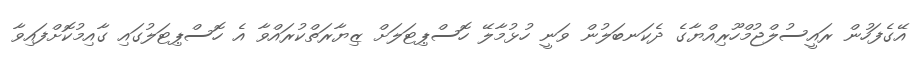
އޭގެފަހުން ރައީސުލްޖުމްހޫރިއްޔާގެ ދެކަނބަލުން ވަނީ ހުޅުމާލޭ ހޮސްޕިޓަލަށް ޒިޔާރަތްކުރައްވާ އެ ހޮސްޕިޓަލުގައި ގާއިމުކޮށްފައިވާ